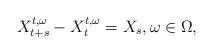
LaTeX: \begin{align*} X^{t,\omega}_{t+s}-X^{t,\omega}_t = X_s,\omega\in\Omega, \end{align*}